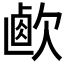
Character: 𣣸